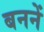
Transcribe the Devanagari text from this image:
बननें